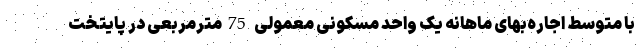
با متوسط اجاره‌‌بهای ماهانه یک واحد مسکونی معمولی 75مترمربعی در پایتخت